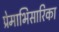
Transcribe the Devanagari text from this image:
प्रेमाभिसारिका